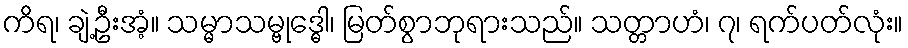
ကိရ၊ ချဲ့ဦးအံ့။ သမ္မာသမ္ဗုဒ္ဓေါ၊ မြတ်စွာဘုရားသည်။ သတ္တာဟံ၊ ၇၊ ရက်ပတ်လုံး။